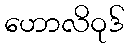
ဟောလိဝုဒ်